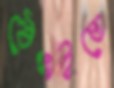
ঠেঙ্গাইতে